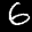
Label: 6